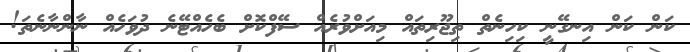
ކަން ކަން އިނގޭނީ ކިހިނެތް ތިޖޫރިތައް މިއަށްވުރެއް ސޭފްކޮށް ބެހެއްޓޭނެ ދުވަހެއް ނާންނާނެތަ!